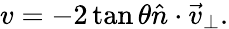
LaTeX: v=-2\tan\theta\hat{n}\cdot\vec{v}_{\perp}.